Vaccination in Bombay 1869-1873 - 1869-1873
Year: 1869
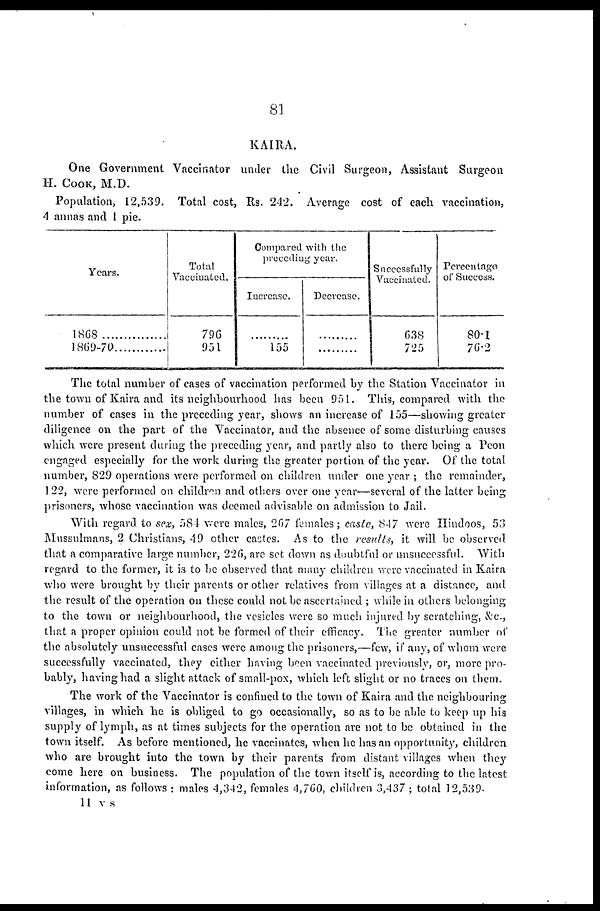
81
KAIRA.
One Government Vaccinator under the Civil Surgeon, Assistant Surgeon
H. COOK, M.D.
Population, 12,539. Total cost, Rs. 242. Average cost of each vaccination,
4 annas and 1 pie.
Years.
1868
...............
1869-70...............
Total
Vaccinated.
796
951
Compared with the
preceding year.
Increase.
.........
155
Decrease.
.........
.........
Successfully
Vaccinated.
638
725
Percentage
of Success.
80.1
76.2
The total number of cases of vaccination performed by the Station Vaccinator in
the town of Kaira and its neighbourhood has been 951. This, compared with the
number of cases in the preceding year, shows an increase of 155—showing greater
diligence on the part of the Vaccinator, and the absence of some disturbing causes
which were present during the preceding year, and partly also to there being a Peon
engaged especially for the work during the greater portion of the year. Of the total
number, 829 operations were performed on children under one year ; the remainder,
122, were performed on children and others over one year—several of the latter being
prisoners, whose vaccination was deemed advisable on admission to Jail.
With regard to sex, 584 were males, 267 females; caste, 847 were Hindoos, 53
Mussulmans, 2 Christians, 49 other castes. As to the results, it will be observed
that a comparative large number, 226, are set down as doubtful or unsuccessful. With
regard to the former, it is to be observed that many children were vaccinated in Kaira
who were brought by their parents or other relatives from villages at a distance, and
the result of the operation on these could not be ascertained ; while in others belonging
to the town or neighbourhood, the vesicles were so much injured by scratching, &c.,
that a proper opinion could not be formed of their efficacy. The greater number of
the absolutely unsuccessful cases were among the prisoners,—few, if any, of whom were
successfully vaccinated, they either having been vaccinated previously, or, more pro-
bably, having had a slight attack of small-pox, which left slight or no traces on them.
The work of the Vaccinator is confined to the town of Kaira and the neighbouring
villages, in which he is obliged to go occasionally, so as to be able to keep up his
supply of lymph, as at times subjects for the operation are not to be obtained in the
town itself. As before mentioned, he vaccinates, when he has an opportunity, children
who are brought into the town by their parents from distant villages when they
come here on business. The population of the town itself is, according to the latest
information, as follows : males 4,342, females 4,760, children 3,437 ; total 12,539.
11 v s